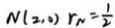
N ( 2 , 0 ) r _ { N } = \frac { 1 } { 2 }